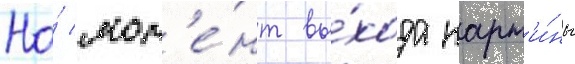
На́ мом'е́нт вы́хода карт'и́ны